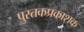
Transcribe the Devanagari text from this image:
पुस्तकप्रकाशक